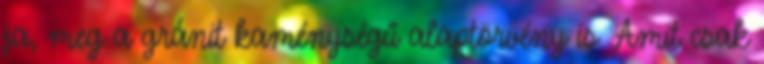
ja, meg a gránit kaménységű alaptörvény is. Amit csak